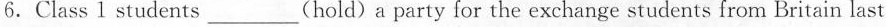
6.Class 1 students___(hold)a party for the exchange students from Britain last